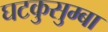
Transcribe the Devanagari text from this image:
घटकुसुम्बा